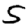
Digit: 5